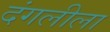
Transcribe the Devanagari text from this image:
दंगलीला